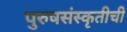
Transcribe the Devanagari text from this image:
पुरुषसंस्कृतीची